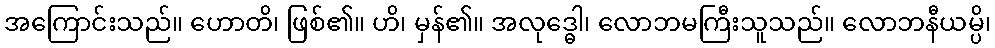
အကြောင်းသည်။ ဟောတိ၊ ဖြစ်၏။ ဟိ၊ မှန်၏။ အလုဒ္ဓေါ၊ လောဘမကြီးသူသည်။ လောဘနီယမ္ပိ၊